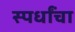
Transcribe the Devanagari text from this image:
स्पर्धांंचा